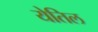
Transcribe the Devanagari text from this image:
येतिल